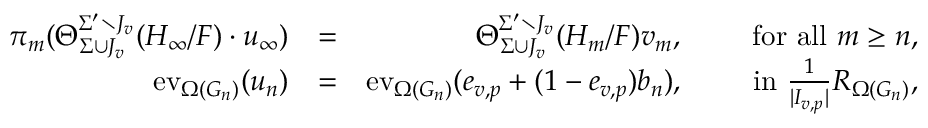
\begin{array} { r l r } { \pi _ { m } ( \Theta _ { \Sigma \cup J _ { v } } ^ { \Sigma ^ { \prime } \setminus J _ { v } } ( H _ { \infty } / F ) \cdot u _ { \infty } ) } & { = } & { \Theta _ { \Sigma \cup J _ { v } } ^ { \Sigma ^ { \prime } \setminus J _ { v } } ( H _ { m } / F ) v _ { m } , \qquad \mathrm { ~ f o r ~ a l l ~ } m \geq n , } \\ { \mathrm { e v } _ { \Omega ( G _ { n } ) } ( u _ { n } ) } & { = } & { \mathrm { e v } _ { \Omega ( G _ { n } ) } ( e _ { v , p } + ( 1 - e _ { v , p } ) b _ { n } ) , \qquad \mathrm { ~ i n ~ } \frac { 1 } { | I _ { v , p } | } R _ { \Omega ( G _ { n } ) } , } \end{array}